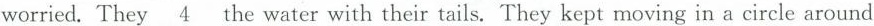
worried.They \underline{4} the water with their tails. They kept moving in a circle around